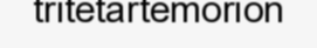
tritetartemorion